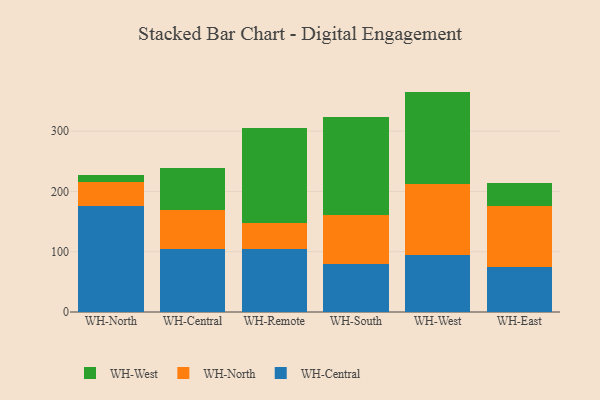
{"axis": {"x": "Warehouse", "y": "Conversion Rate (%)"}, "legend": ["WH-Central", "WH-North", "WH-West"], "data": [{"x": "WH-North", "y": 175.6, "type": "WH-Central"}, {"x": "WH-North", "y": 40.2, "type": "WH-North"}, {"x": "WH-North", "y": 11.1, "type": "WH-West"}, {"x": "WH-Central", "y": 103.9, "type": "WH-Central"}, {"x": "WH-Central", "y": 64.9, "type": "WH-North"}, {"x": "WH-Central", "y": 69.5, "type": "WH-West"}, {"x": "WH-Remote", "y": 104.2, "type": "WH-Central"}, {"x": "WH-Remote", "y": 44.1, "type": "WH-North"}, {"x": "WH-Remote", "y": 157.0, "type": "WH-West"}, {"x": "WH-South", "y": 79.8, "type": "WH-Central"}, {"x": "WH-South", "y": 81.6, "type": "WH-North"}, {"x": "WH-South", "y": 161.3, "type": "WH-West"}, {"x": "WH-West", "y": 94.1, "type": "WH-Central"}, {"x": "WH-West", "y": 119.0, "type": "WH-North"}, {"x": "WH-West", "y": 152.5, "type": "WH-West"}, {"x": "WH-East", "y": 75.3, "type": "WH-Central"}, {"x": "WH-East", "y": 100.5, "type": "WH-North"}, {"x": "WH-East", "y": 37.9, "type": "WH-West"}]}